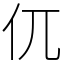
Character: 㐳